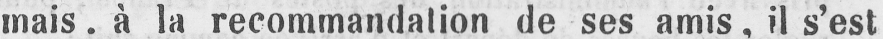
mais, à la recommandation de ses amis, il s’est